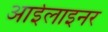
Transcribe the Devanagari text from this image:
आईलाइनर